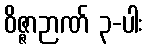
ဝိဇ္ဇာဉာဏ် ၃-ပါး